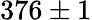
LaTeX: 376\pm 1